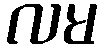
လမ